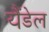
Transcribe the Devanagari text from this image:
यैंडेल